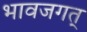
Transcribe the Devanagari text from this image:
भावजगत्